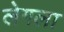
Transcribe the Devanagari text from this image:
लेगला